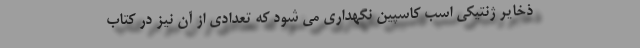
ذخایر ژنتیکی اسب کاسپین نگهداری می شود که تعدادی از آن نیز در کتاب